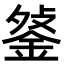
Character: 𨧔